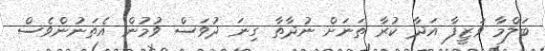
ބަލްމާ ވަޒީފާ އަދާ ކުރާ ތަނަށް ނުދާތާ ގިނަ ދުވަސް ވުމުން އެތަނުންވެސް